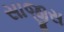
સાજીસ